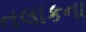
તલાકના